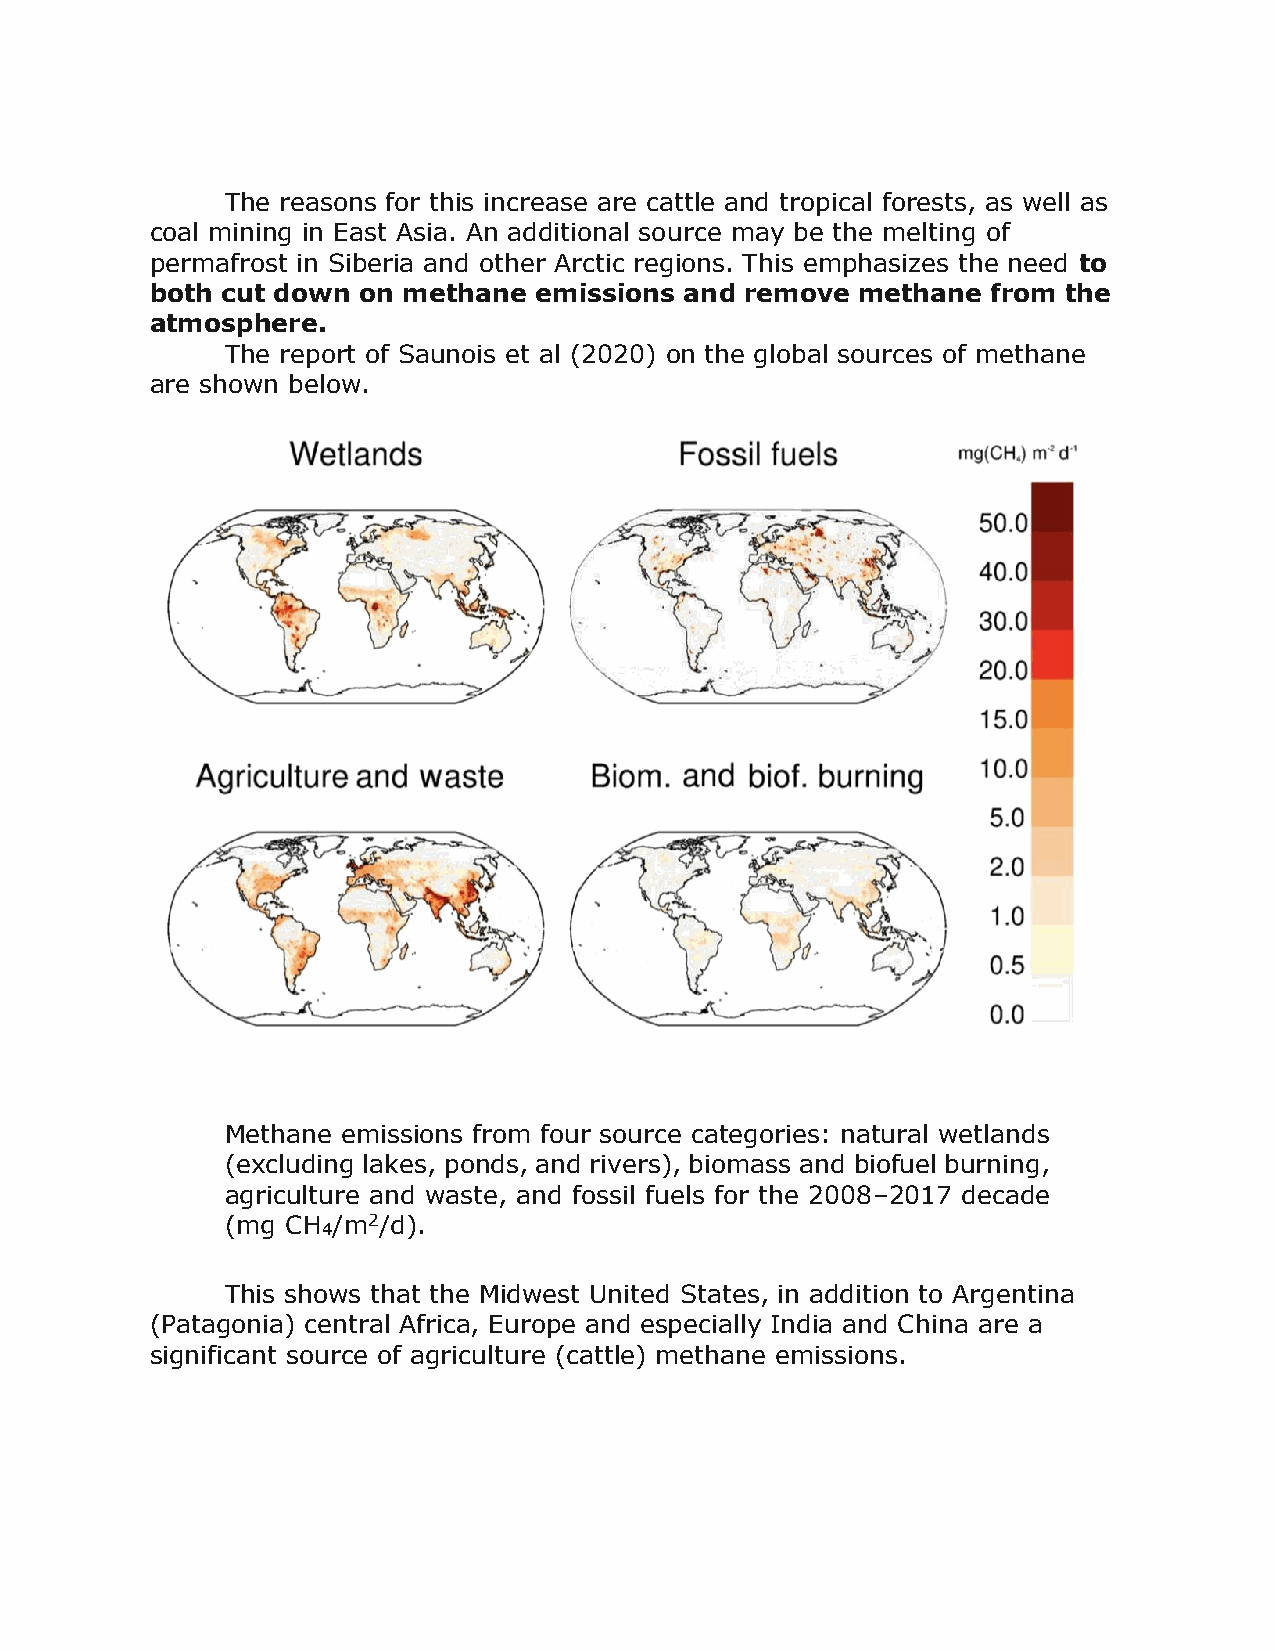
The reasons for this increase are cattle and tropical forests, as well as
 coal mining in East Asia. An additional source may be the melting of
 permafrost in Siberia and other Arctic regions. This emphasizes the need to
 both cut down on methane emissions and remove  methane  from the
 atmosphere.
 The report of Saunois et al (2020) on the global sources of methane
 are shown below.
 Methane emissions from four source categories: natural wetlands
 (excluding lakes, ponds, and rivers), biomass and biofuel burning,
 agriculture and waste, and fossil fuels for the 2008–2017 decade
 (mg CH /m2/d).
 4
 This shows that the Midwest United States, in addition to Argentina
 (Patagonia) central Africa, Europe and especially India and China are a
 significant source of agriculture (cattle) methane emissions.